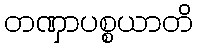
တဏှာပစ္စယာတိ